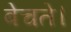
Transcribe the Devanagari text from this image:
बेचते।